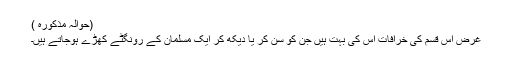
(حوالہ مذکورہ )
غرض اس قسم کی خرافات اس کی بہت ہیں جن کو سن کر یا دیکھ کر ایک مسلمان کے رونگٹے کھڑے ہوجاتے ہیں۔